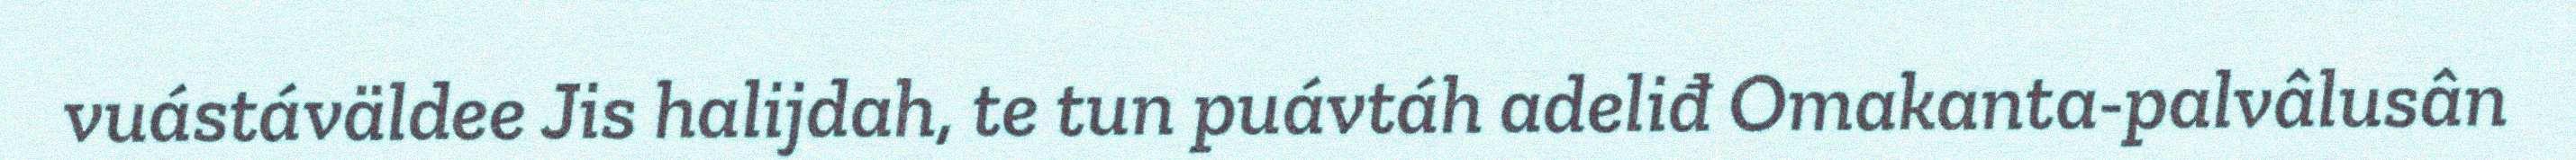
vuástáväldee Jis halijdah, te tun puávtáh adeliđ Omakanta-palvâlusân